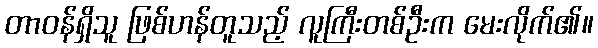
တာဝန်ရှိသူ ဖြစ်ဟန်တူသည့် လူကြီးတစ်ဦးက မေးလိုက်၏။